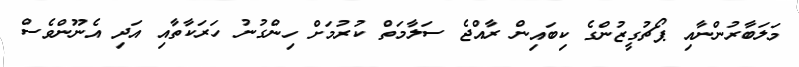
މަލަބާރުންނާއި ޕޯޗުގީޒުންގެ ކިބައިން ރާއްޖެ ސަލާމަތް ކުރުމަށް ހިންގުނު ހަރަކާތާއި އަދި އެނޫންވެސް